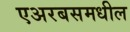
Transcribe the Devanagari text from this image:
एअरबसमधील